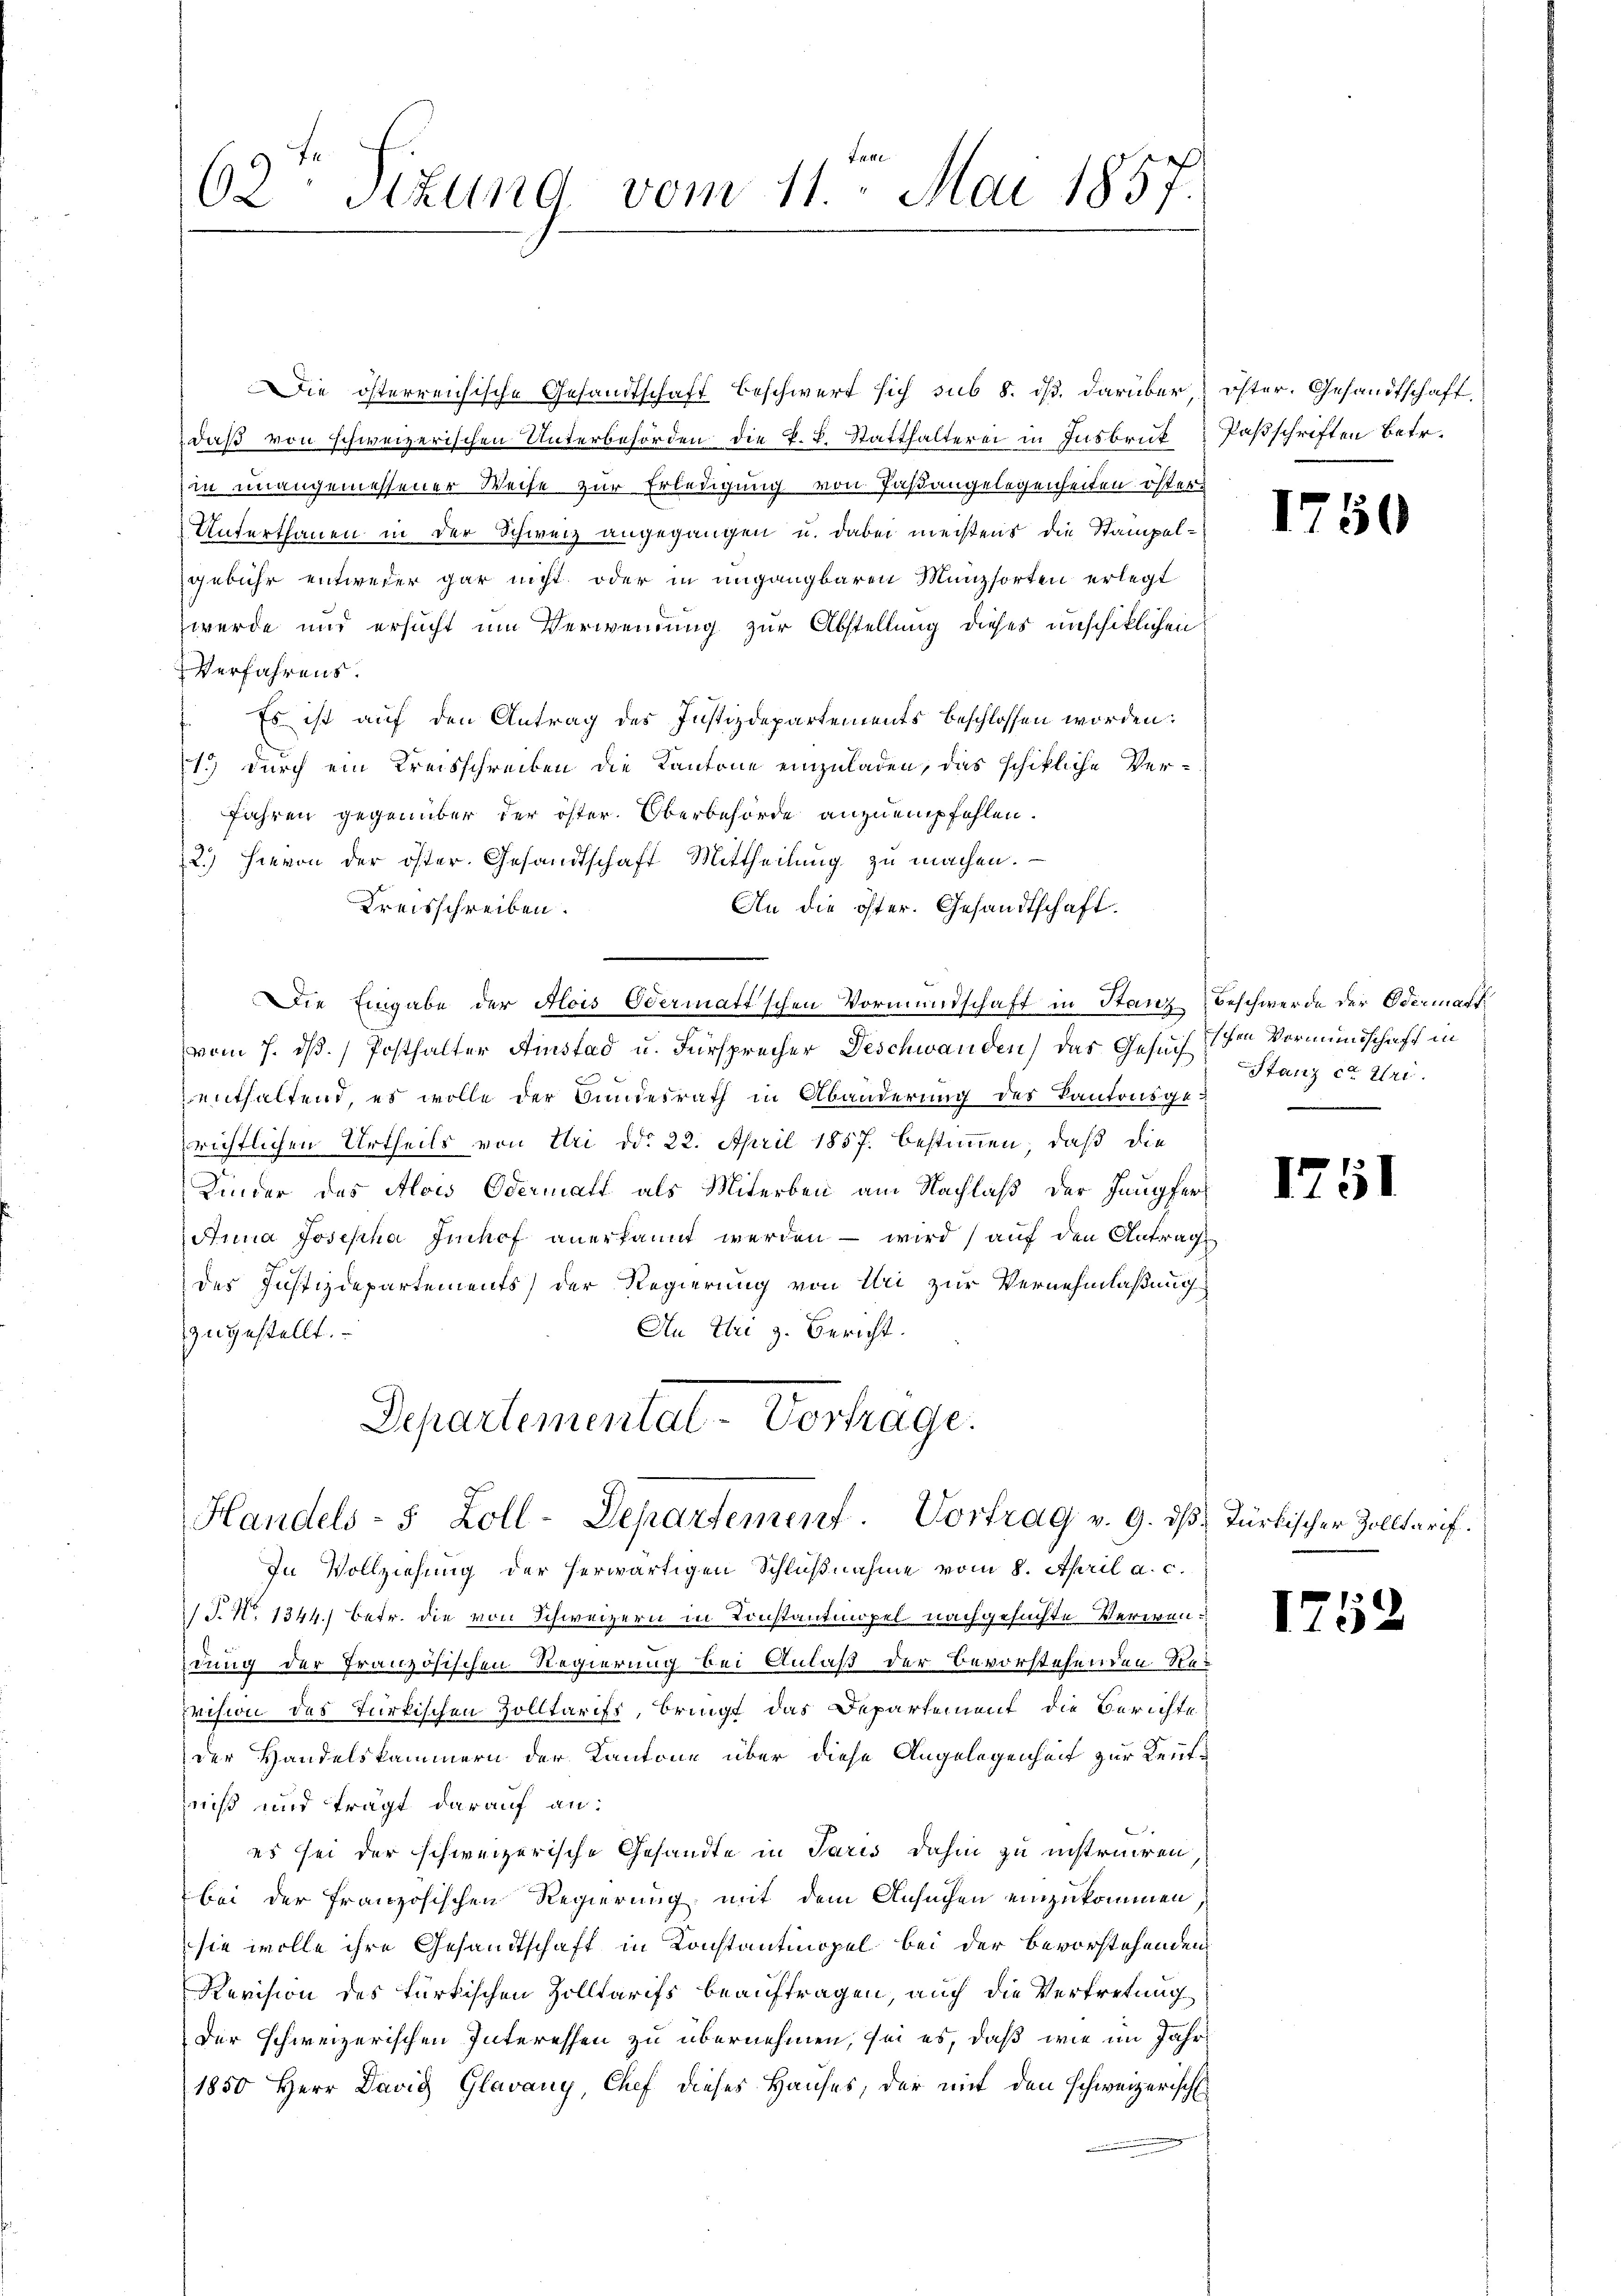
Die österreichische Gesandtschaft beschwert sich sub 8. ds. darüber, öster. Gesandtschaft,
daß von schweizerischen Unterbehörden die P. L. Statthalterei in Insbruk Passchriften betr.
in unangemessener Weise zur Erledigung von Fastangelegenheiten östers
Unterthanen in der Schweiz angegangen u. dabei meistens die Stampel-
gebühr entweder gar nicht oder in ungangbaren Münzsorten erlegt
werde und ersucht um Verwendung zur Abstellung dieses anschiklichen
Verfahrens.
Es ist auf den Antrag des Justizdepartements beschlossen worden.
1.) Durch ein Kreisschreiben die Kantone einzuladen, das schikliche Verfahren gegenüber der öster. Oberbehörde anzuempfehlen.
2.) Hievon der öster. Gesandtschaft Mittheilung zu machen.
Kreisschreiben.
An die öster. Gesandtschaft.
Die Eingabe der Alois Odermattschen Vormundschaft in Stanz Beschwerde der Odermatt
vom 7. dß. Posthalter Ainstad u. Fürsprecher Deschwanden) das Gesuchschen Vormundschaft in
enthaltend, es wolle der Bundesrath in Abänderung des Kantonsgerichtlichen Urtheils von Uri ddo 22. April 1857. bestimmen, daß die
Kinder des Alois Odermatt als Miterben am Nachlaß der Haupfer¬
Anna Josepha Imhof anerkannt werden – wird auf den Antrag
des Justizdepartements) der Regierung von Uri zur Vernehmlaßung
An Uri z. Bericht.
zugestellt.
Departemental-Vortrage.

62 Sitzung vom 11. Mai 1857.

Handels- 5 Zoll-Departement. Vortrag v. 9. ds. Türkischer Zolltarif.

In Vollziehung der herwärtigen Schlußnahme vom 8. April a. c.
 P. Nr. 1344.) Betr. die von Schweizern in Konstantinopel nachgesuchte Verwendung der französischen Regierung bei Anlaß der Bevorstehenden Resvision des Türkischen Zolltarift, bringt das Departement die Berichte
der Handelskammern der Kantone über diese Angelegenheit zur Kenntniß und trägt darauf an:
es sei der schweizerische Gesandte in Paris dahin zu instruiren
bei der französischen Regierung mit dem Ansuchen einzukommen
sie wolle ihre Gesandtschaft in Konstantinopel bei der Bevorstehenden,
Revision des türkischen Zolltarifs beauftragen, auch die Vertretung
der schweizerischen Interessen zu übernehmen, sei es, daß wie im Jahr
1850 Herr David Glavany, Chef dieses Hauses, der mit den schweizerisch

1750

Stanz co Uri.

1751

1752